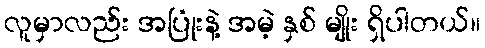
လူမှာလည်း အပြုံးနဲ့ အမဲ့ နှစ် မျိုး ရှိပါတယ်။